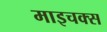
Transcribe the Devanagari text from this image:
माइचक्स